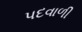
પદવાળી